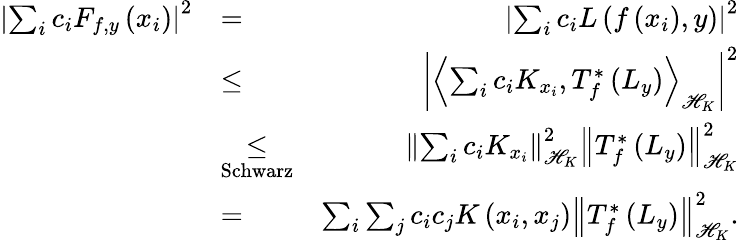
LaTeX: \begin{array}{rlr}{\left|\sum_{i}c_{i}F_{f,y}\left(x_{i}\right)\right|^{2}}&{=}&{\left|\sum_{i}c_{i}L\left(f\left(x_{i}\right),y\right)\right|^{2}}\\ &{\leq}&{\left|\left\langle\sum_{i}c_{i}K_{x_{i}},T_{f}^{*}\left(L_{y}\right)\right\rangle_{\mathscr{H}_{K}}\right|^{2}}\\ &{\underset{\mathrm{Schwarz}}{\leq}}&{\left\Vert\sum_{i}c_{i}K_{x_{i}}\right\Vert_{\mathscr{H}_{K}}^{2}\left\Vert T_{f}^{*}\left(L_{y}\right)\right\Vert_{\mathscr{H}_{K}}^{2}}\\ &{=}&{\sum_{i}\sum_{j}c_{i}c_{j}K\left(x_{i},x_{j}\right)\left\Vert T_{f}^{*}\left(L_{y}\right)\right\Vert_{\mathscr{H}_{K}}^{2}.}\end{array}